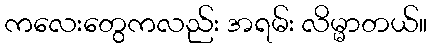
ကလေးတွေကလည်း အရမ်း လိမ္မာတယ်။